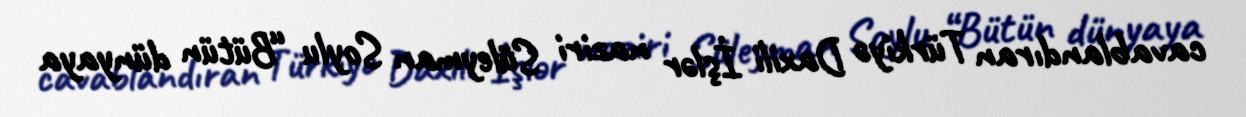
cavablandıran Türkiyə Daxili İşlər naziri Süleyman Soylu “Bütün dünyaya